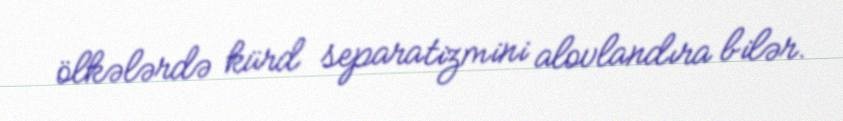
ölkələrdə kürd separatizmini alovlandıra bilər.